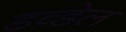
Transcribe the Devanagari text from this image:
डव्डेल